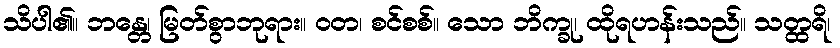
သိပါ၏။ ဘန္တေ၊ မြတ်စွာဘုရား။ ဝတ၊ စင်စစ်။ သော ဘိက္ခု၊ ထိုရဟန်းသည်။ သတ္ထရိ၊